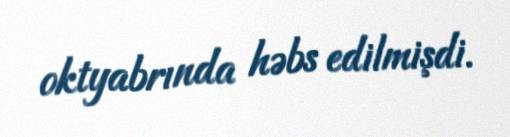
oktyabrında həbs edilmişdi.